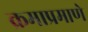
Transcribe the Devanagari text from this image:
क्रमाप्रमाणे